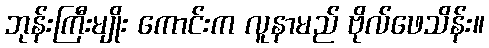
ဘုန်းကြီးမျိုး ကောင်းက လူနာမည် ဗိုလ်ဖေသိန်း။